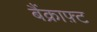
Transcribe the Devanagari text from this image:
बैंक्राफ़्ट